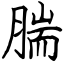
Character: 腨